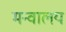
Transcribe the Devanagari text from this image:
मन्वालय